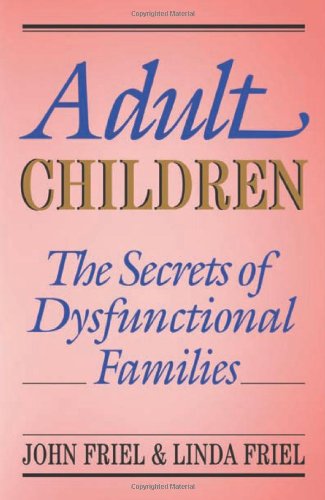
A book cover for Adult Children Secrets of Dysfunctional Families: The Secrets of Dysfunctional Families; John C. Friel Ph.D.; Self-Help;